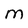
Character: M